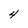
Character: 4